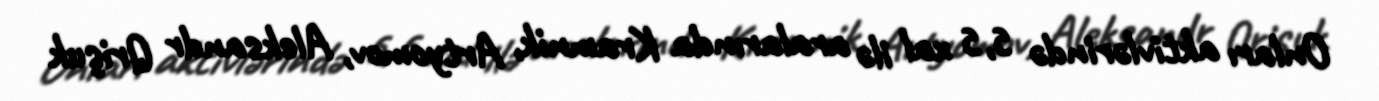
Onları aktivlərində 5,5 xal ilə aralarında Kramnik, Artyomov, Aleksandr Qrişuk